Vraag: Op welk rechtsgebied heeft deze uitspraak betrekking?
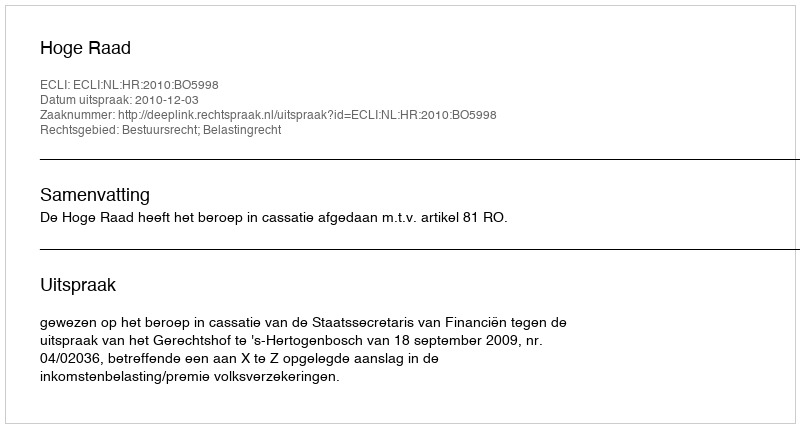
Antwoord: Bestuursrecht; Belastingrecht